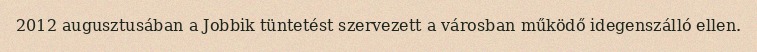
2012 augusztusában a Jobbik tüntetést szervezett a városban működő idegenszálló ellen.